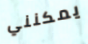
يمكنني